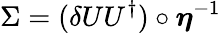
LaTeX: \Sigma=(\delta{U}U^{\dagger})\circ\boldsymbol\eta^{-1}